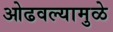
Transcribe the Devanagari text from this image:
ओढवल्यामुळे